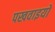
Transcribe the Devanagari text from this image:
पखवाइयों